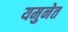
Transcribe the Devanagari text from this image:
यमुनेत